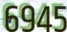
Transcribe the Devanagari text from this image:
६९४५